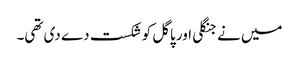
میں نے جنگلی اور پاگل کو شکست دے دی تھی۔